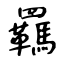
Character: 羈